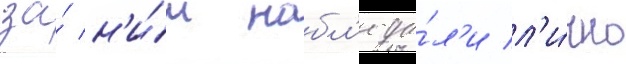
за́ н'и́м набл'юда́л'и л'и́чно